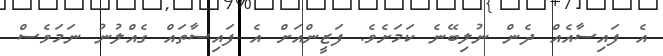
އެ ފައިސާއެއް ދެން ނުލިބޭނެ ކަމަށެވެ. ފަޒީންއަށް އެ ފައިސާތައް ގެއްލުނު ނަމަވެސް